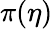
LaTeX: \pi(\eta)